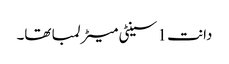
دانت 1 سینٹی میٹر لمبا تھا۔